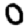
Digit: 0